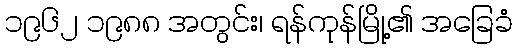
၁၉၆၂ ၁၉၈၈ အတွင်း၊ ရန်ကုန်မြို့၏ အခြေခံ